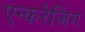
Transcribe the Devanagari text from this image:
एन्करेजिंग